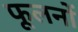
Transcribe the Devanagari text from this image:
फूलनों